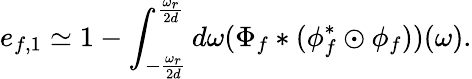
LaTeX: e_{f,1}\simeq 1-\int_{-\frac{\omega_{r}}{2d}}^{\frac{\omega_{r}}{2d}}d\omega(\Phi_{f}*(\phi_{f}^{*}\odot\phi_{f}))(\omega).